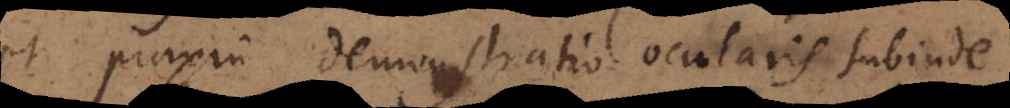
et praxin demonstratio ocularis subinde